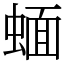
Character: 蝒